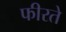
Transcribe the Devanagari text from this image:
फीरते